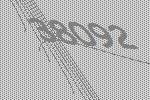
38092